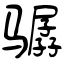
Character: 骣